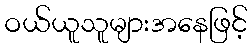
ဝယ်ယူသူများအနေဖြင့်